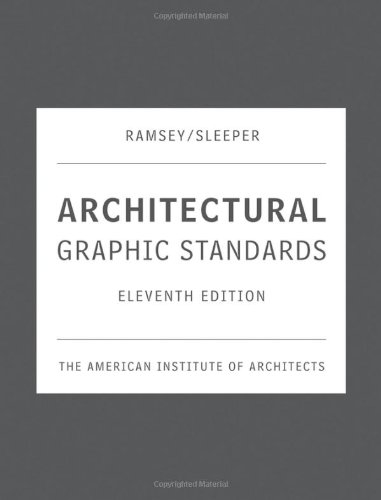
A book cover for Architectural Graphic Standards, 11th Edition; The American Institute of Architects; Engineering & Transportation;